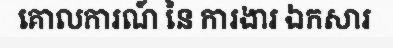
គោលការណ៍ នៃ ការងារ ឯកសារ